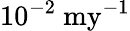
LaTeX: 10^{-2}\ \mathrm{my^{-1}}